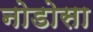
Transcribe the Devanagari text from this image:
नोडोसा